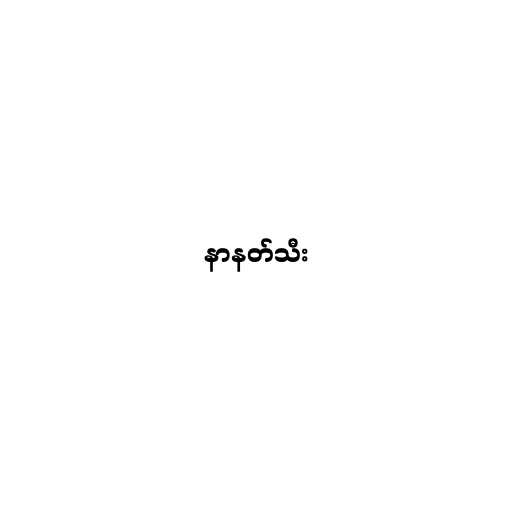
နာနတ်သီး